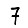
Digit: 7